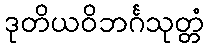
ဒုတိယဝိဘင်္ဂသုတ္တံ